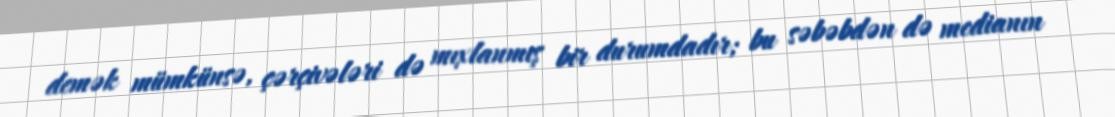
demək mümkünsə, çərçivələri də mıxlanmış bir durumdadır; bu səbəbdən də medianın